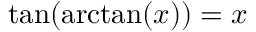
\tan ( \arctan ( x ) ) = x